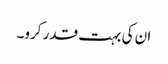
ان کی بہت قدر کرو۔